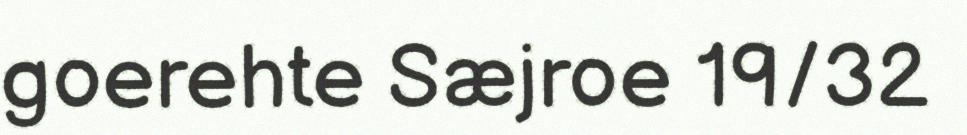
goerehte Sæjroe 19/32